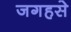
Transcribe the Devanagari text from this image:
जगहसे